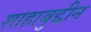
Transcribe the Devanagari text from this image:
शाहाबुद्दीन